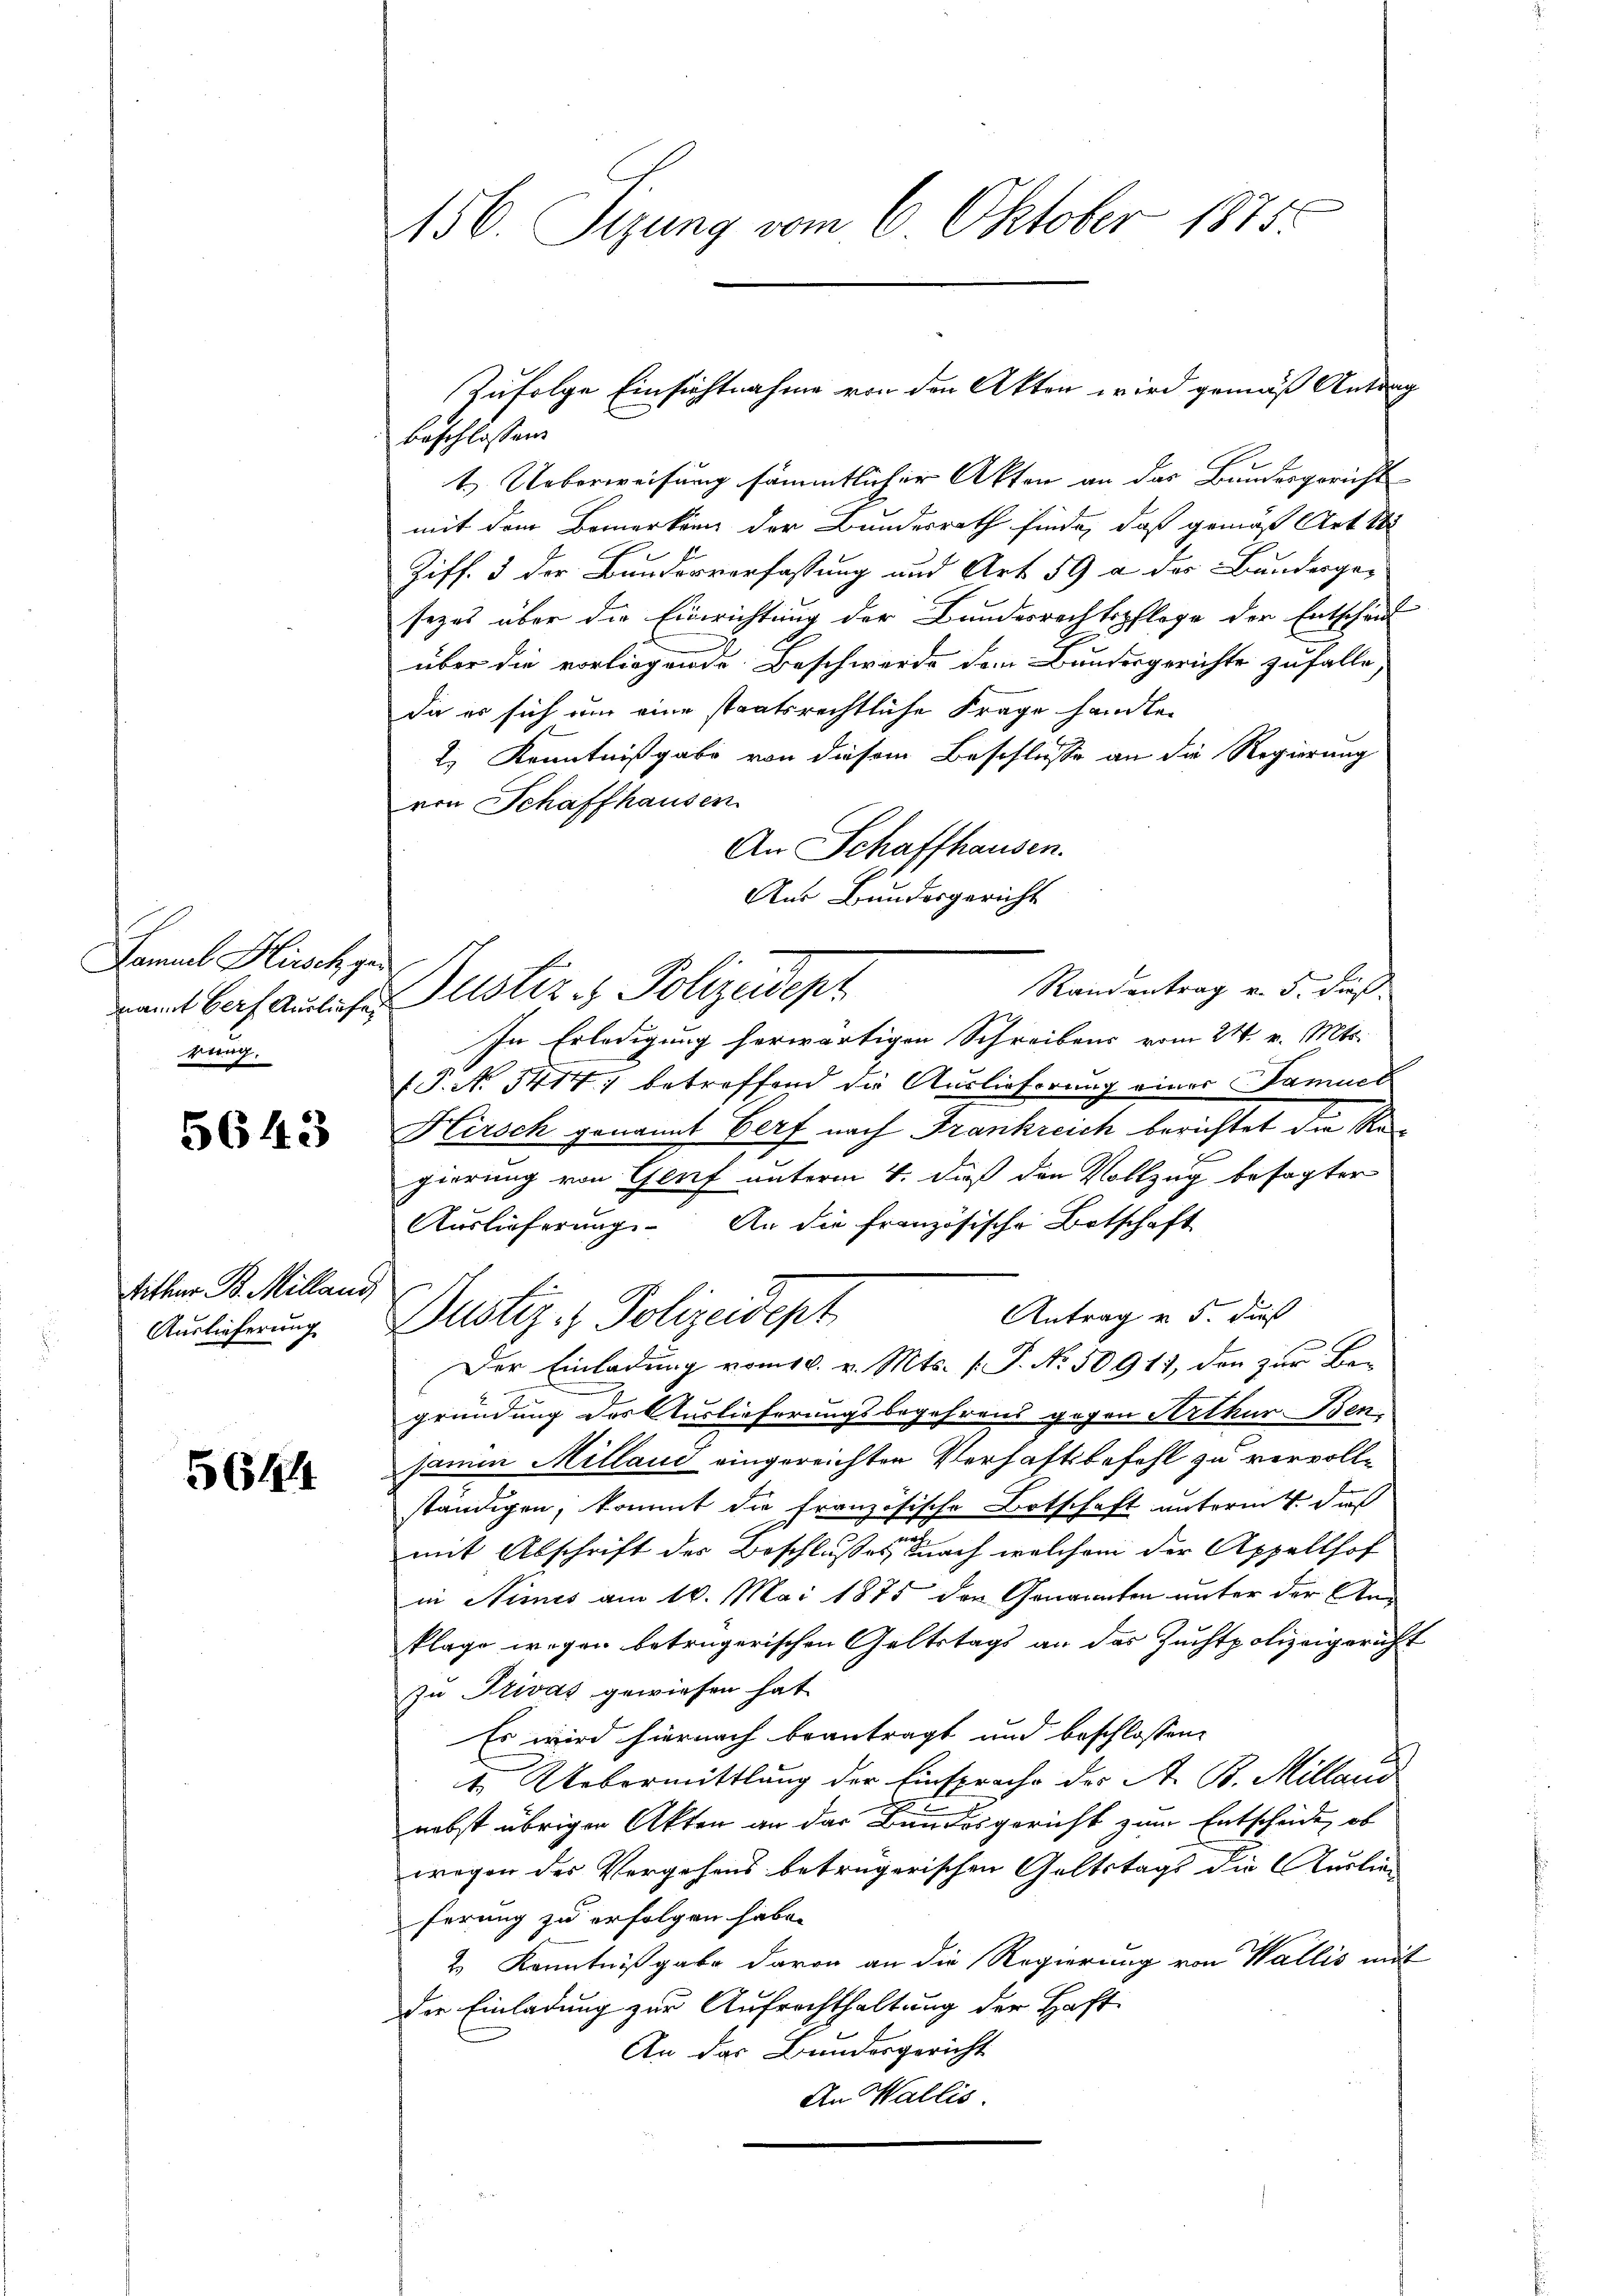
Lamuel Hinsch gen
rung.

5643

Mither B. Milland
Auslieferung

5644

156. Sizung vom 6. Oktober 1875

beschlossen.
t.) Ueberweisung sämmtlicher Akten an das Bundesgericht
mit dem Bemerkung der Bundesrath finde, daß gemäß Art. 18
Ziff. 3 der Bundesverfassung und Art. 59 a des Bundesge-
sezes über die Einrichtung der Bundesrechtspflege der Entscheid
über die vorliegende Beschwerde dem Bundesgerichte zufalle
die es sich um eine staatsrechtliche Frage handle.
2) Kenntnißgabe von diesem Beschliesse an die Regierung
von Schaffhausen
An Schaffhausen.
Aus Bundesgericht
Randentrag v. 5. dieß
In Erledigung herwärtigen Schreibens vom 24. v. Mts.
(P. No. 3414) betreffend die Auslieferung einer Samuet
Hirsch genannt Verf nach Frankreich berichtet die Regierung von Genf unterm 4. daß den Vollzug besagter
Auslieferung. An die französische Ortschaft
Antrag u. 5. dieß
Dustiz- & Polizeidept
Der Einladung vom 18. v. Mts. (T. No. 50911, den zur Be-
gründung des Auslieferungsbegehrens gegen Arthur Ben-
samen Millaue eingereichten Verhaftsbefehl zu vervollständigen, kommt die französische Botschaft unterm 1. das
mit Abschrift des Beschlußes nach welchem der Appellhof
in Nimes am 16. Mai 1875 der Genannten unter der An-
klage wegen betrügerischen Geltstags an das Zuchtpolizeigericht
zu Privat gewiesen hat
Es wird hiernach beantragt und beschlossene
d
1. Uebermittlung der Einsprache der A. B. Milland
nebst übrigen Akten an das Bundesgericht zum Entscheide, ob
wegen der Vergehens betrügerischen Geltstags die Auslie
ferung zu erfolgen habe.
2. Kenntnißgabe davon an die Regierung von Wallis mit
der Einladung zur Aufrechthaltung der Haft-
An das Bundesgericht
An Wallis.

Zufolge Einsichtnahme von den Akten wird gemäß Antrag

amt befandis Justiz- & Polizeidept